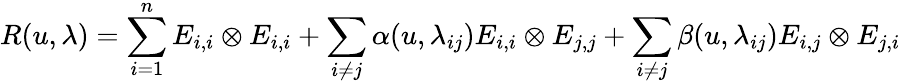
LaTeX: R(u,\lambda)=\sum_{i=1}^{n}E_{i,i}\otimes E_{i,i}+\sum_{i\neq j}\alpha(u,\lambda_{ij})E_{i,i}\otimes E_{j,j}+\sum_{i\neq j}\beta(u,\lambda_{ij})E_{i,j}\otimes E_{j,i}